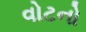
વોટનો